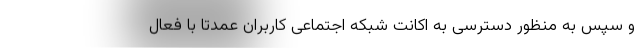
و سپس به منظور دسترسی به اکانت شبکه اجتماعی کاربران عمدتا با فعال